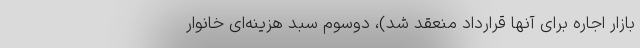
بازار اجاره برای آنها قرارداد منعقد شد)، دو‌سوم سبد هزینه‌ای خانوار